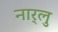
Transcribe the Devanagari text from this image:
नार्‍लु